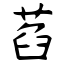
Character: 萏